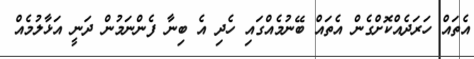
އެތައް ހަރަދެއްކޮށްގެން އެތައް ބޭނުމެއްގައި ހެދި އެ ބިނާ ފެންނަމުން ދަނީ އަޅާލުމެއް